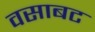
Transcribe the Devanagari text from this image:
वसाबट